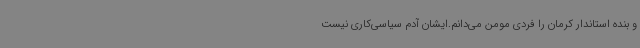
و بنده استاندار کرمان را فردی مومن می‌دانم.ایشان آدم سیاسی‌کاری نیست